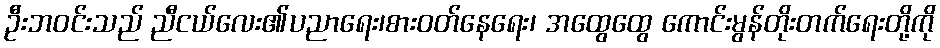
ဦးဘဝင်းသည် ညီငယ်လေး၏ပညာရေး၊စားဝတ်နေရေး၊ အထွေထွေ ကောင်းမွန်တိုးတက်ရေးတို့ကို